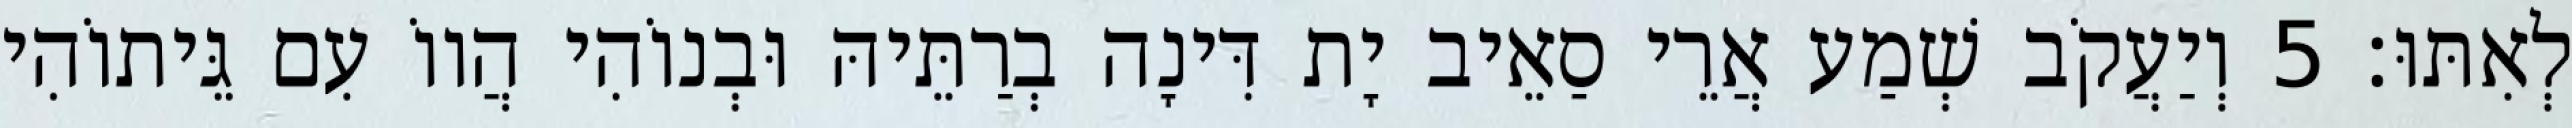
לְאִתּוּ׃ 5 וְיַעֲקֹב שְׁמַע אֲרֵי סַאֵיב יָת דִּינָה בְרַתֵּיהּ וּבְנוֹהִי הֲווֹ עִם גֵּיתוֹהִי